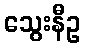
သွေးနီဥ